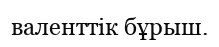
валенттік бұрыш.